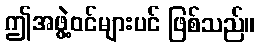
ဤအဖွဲ့ဝင်များပင် ဖြစ်သည်။